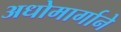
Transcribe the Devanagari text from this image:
अधोमार्गाने